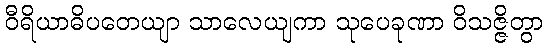
ဝီရိယာဓိပတေယျာ သာလေယျကာ သုပေခုဏာ ဝိသဇ္ဇိတွာ